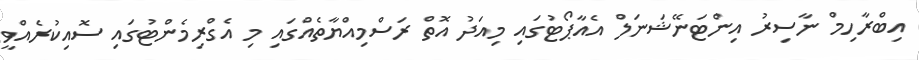
އިބްރާހިމް ނާސިރު އިންޓަނޭޝަނަލް އެއާޕޯޓުގައި މިއަދު އޮތް ރަސްމިއްޔާތެއްގައި މި އެގްރިމެންޓުގައި ސޮއިކުރެއްވީ